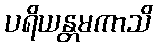
ပရိယန္တမကာသိ